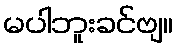
မပါဘူးခင်ဗျ။